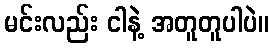
မင်းလည်း ငါနဲ့ အတူတူပါပဲ။